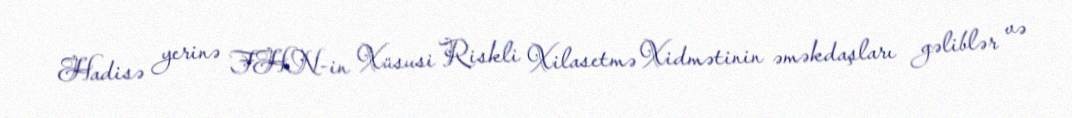
Hadisə yerinə FHN-in Xüsusi Riskli Xilasetmə Xidmətinin əməkdaşları gəliblər və